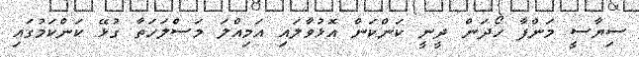
ސިޔާސީ މަންފާ ހޯދަން ދީނީ ކަންކަން އޮޅުވާލައި އަމިއްލަ މަސްލަހަތާ ގުޅޭ ކަންކަމުގައި